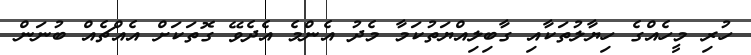
ހުރި މީހެއްގެ ހިޔާލުތަކާއި ގާބިލިއްޔަތުކަމާ މެދު އެންމެ އެދެވޭ ގޮތަކަށް އެއްޗެއް ބުނަން